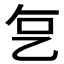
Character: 𬼟